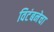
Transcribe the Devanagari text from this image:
विटंबनेचा